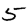
Digit: 5